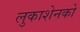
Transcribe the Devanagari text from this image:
लुकाशेनको